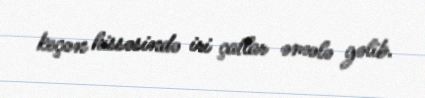
keçən hissəsində iri çatlar əmələ gəlib.